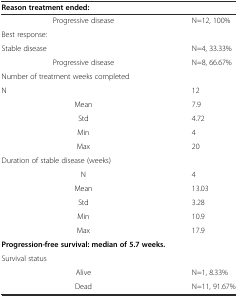
| Reason treatment ended: |  |
 | --- | --- |
 | Progressive disease | N=12, 100% |
 | Best response: |  |
 | Stable disease | N=4, 33.33% |
 | Progressive disease | N=8, 66.67% |
 | Number of treatment weeks completed |  |
 | N | 12 |
 | Mean | 7.9 |
 | Std | 4.72 |
 | Min | 4 |
 | Max | 20 |
 | Duration of stable disease (weeks) |  |
 | N | 4 |
 | Mean | 13.03 |
 | Std | 3.28 |
 | Min | 10.9 |
 | Max | 17.9 |
 | Progression-free survival: median of 5.7 weeks. |  |
 | Survival status |  |
 | Alive | N=1, 8.33% |
 | Dead | N=11, 91.67% |